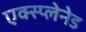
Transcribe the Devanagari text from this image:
एक्स्प्लेनेड